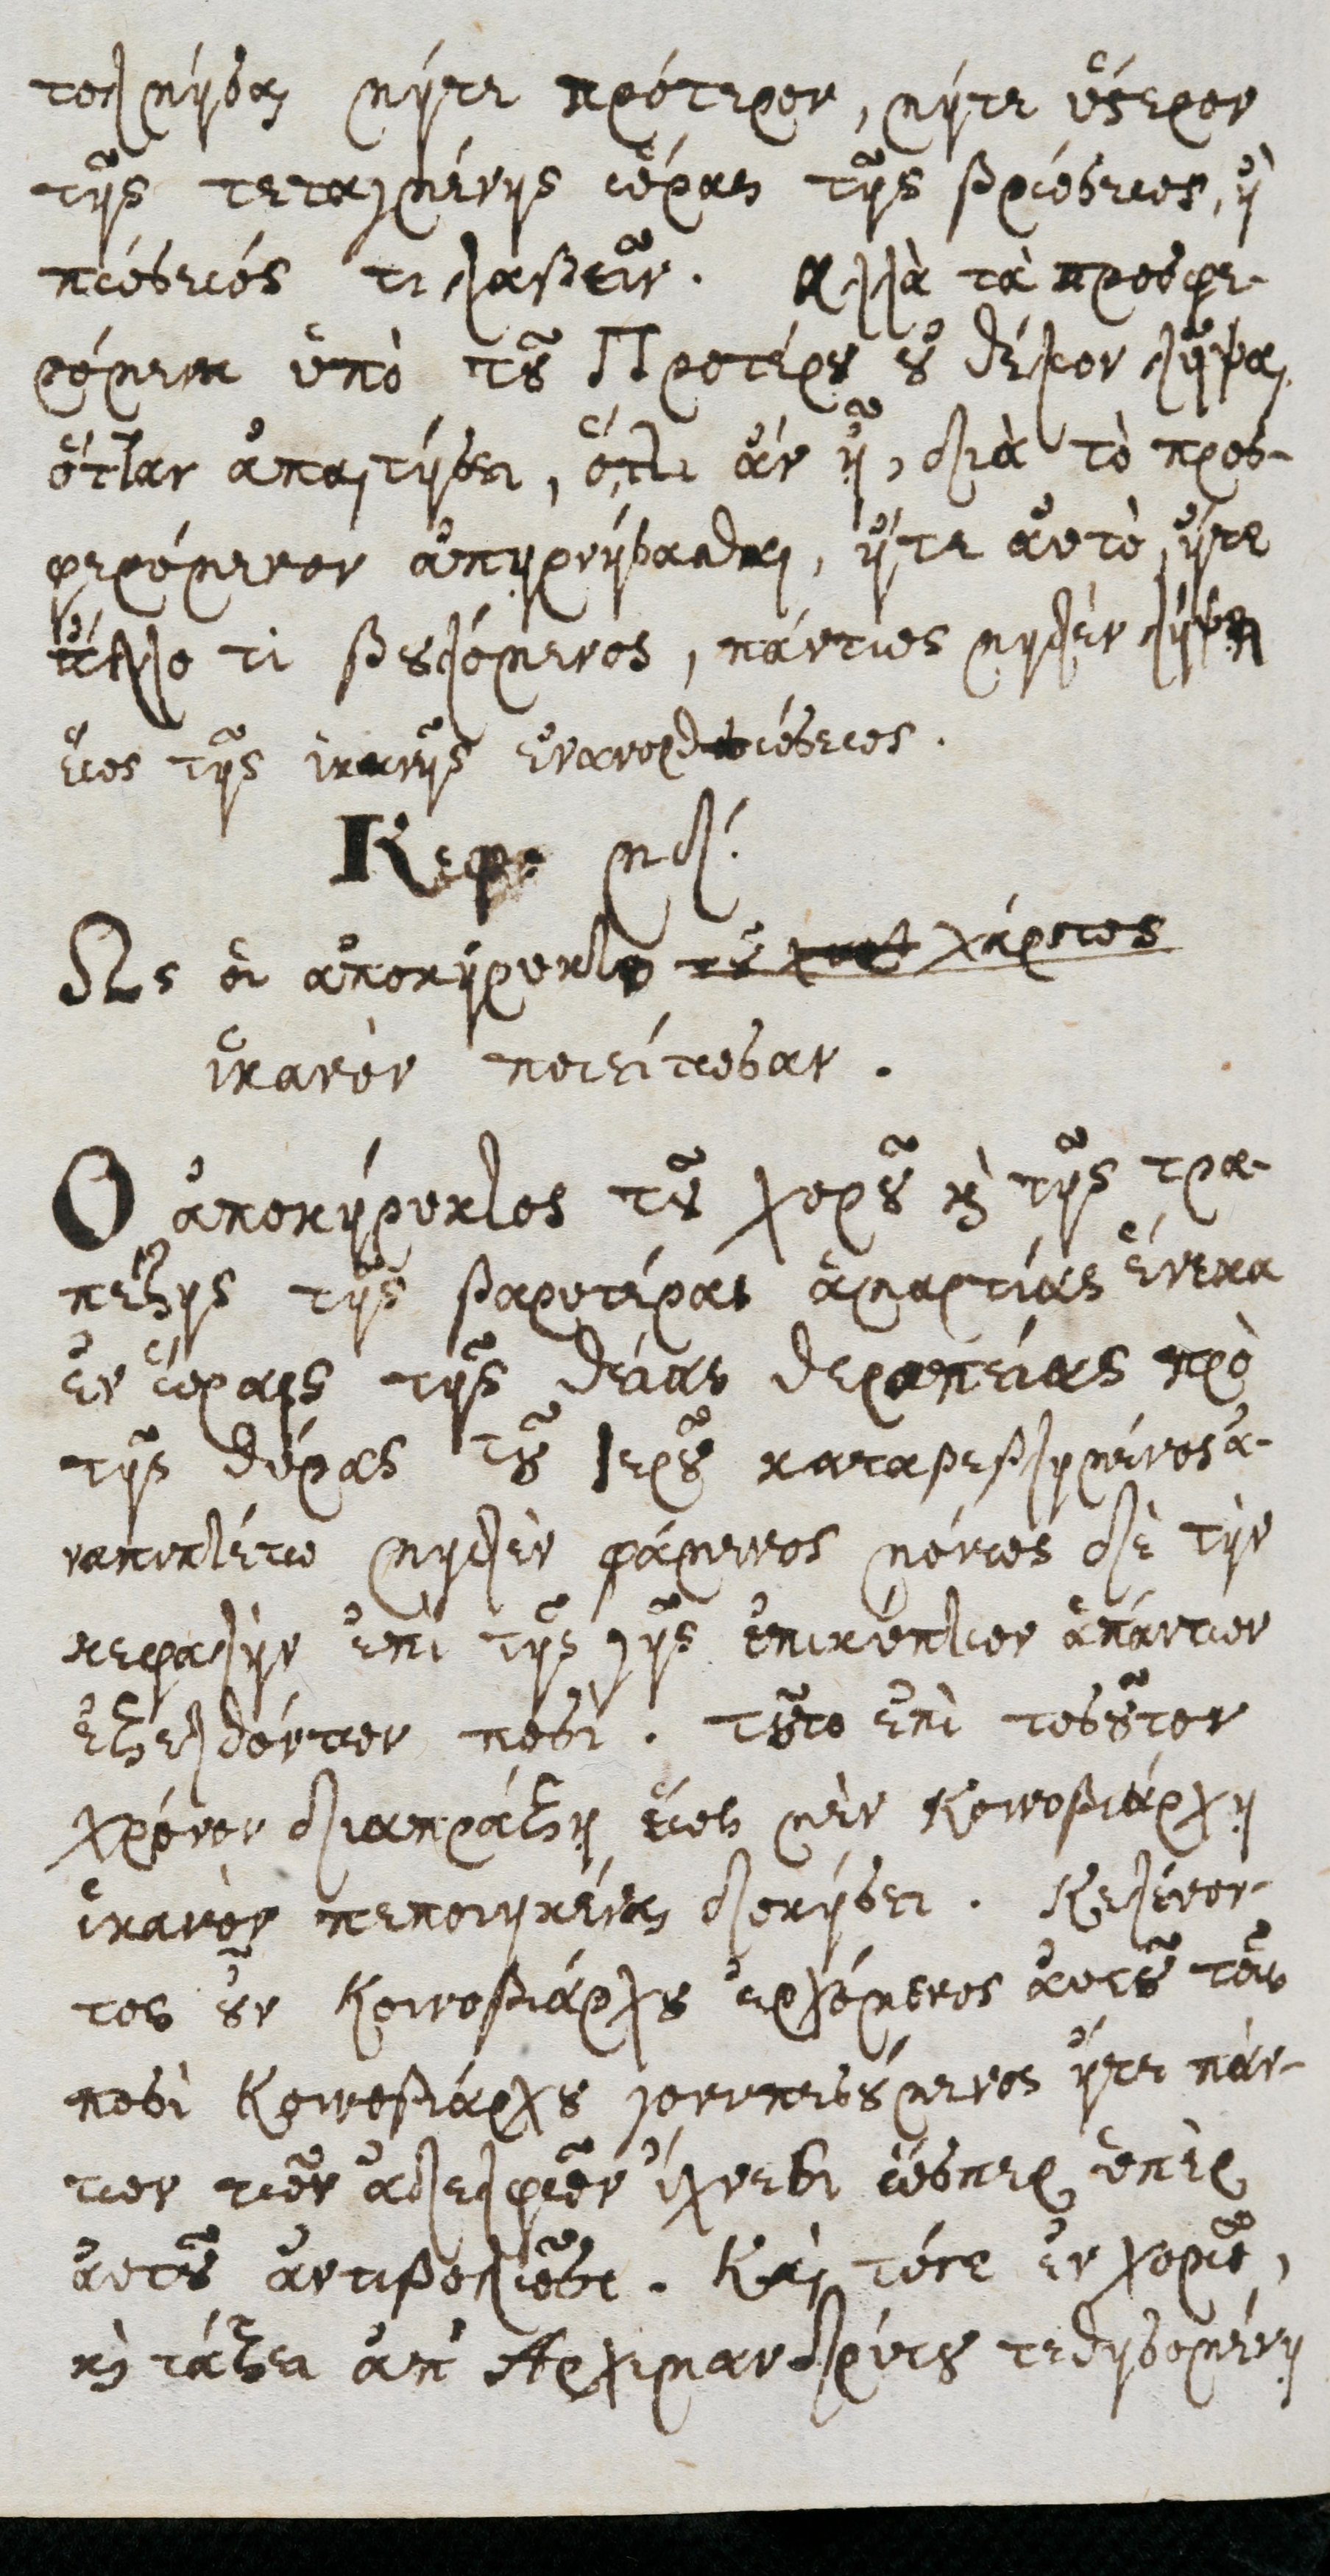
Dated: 1600–1699